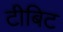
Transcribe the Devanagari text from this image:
टीबिट